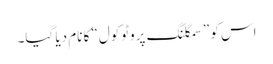
اس کو ”سمگلنگ پروٹوکول“ کا نام دیا گیا۔